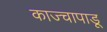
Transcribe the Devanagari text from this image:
काज्चापाडू